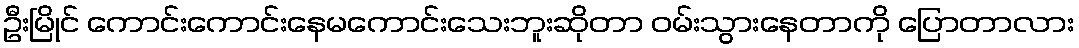
ဦးမြိုင် ကောင်းကောင်းနေမကောင်းသေးဘူးဆိုတာ ဝမ်းသွားနေတာကို ပြောတာလား